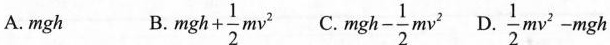
A.mgh B. $$mgh+ \frac{1}{2}mv^{2}$$ C. $$mgh- \frac{1}{2}mv^{2}$$ D.$$\frac{1}{2}mv^{2}-mgh$$